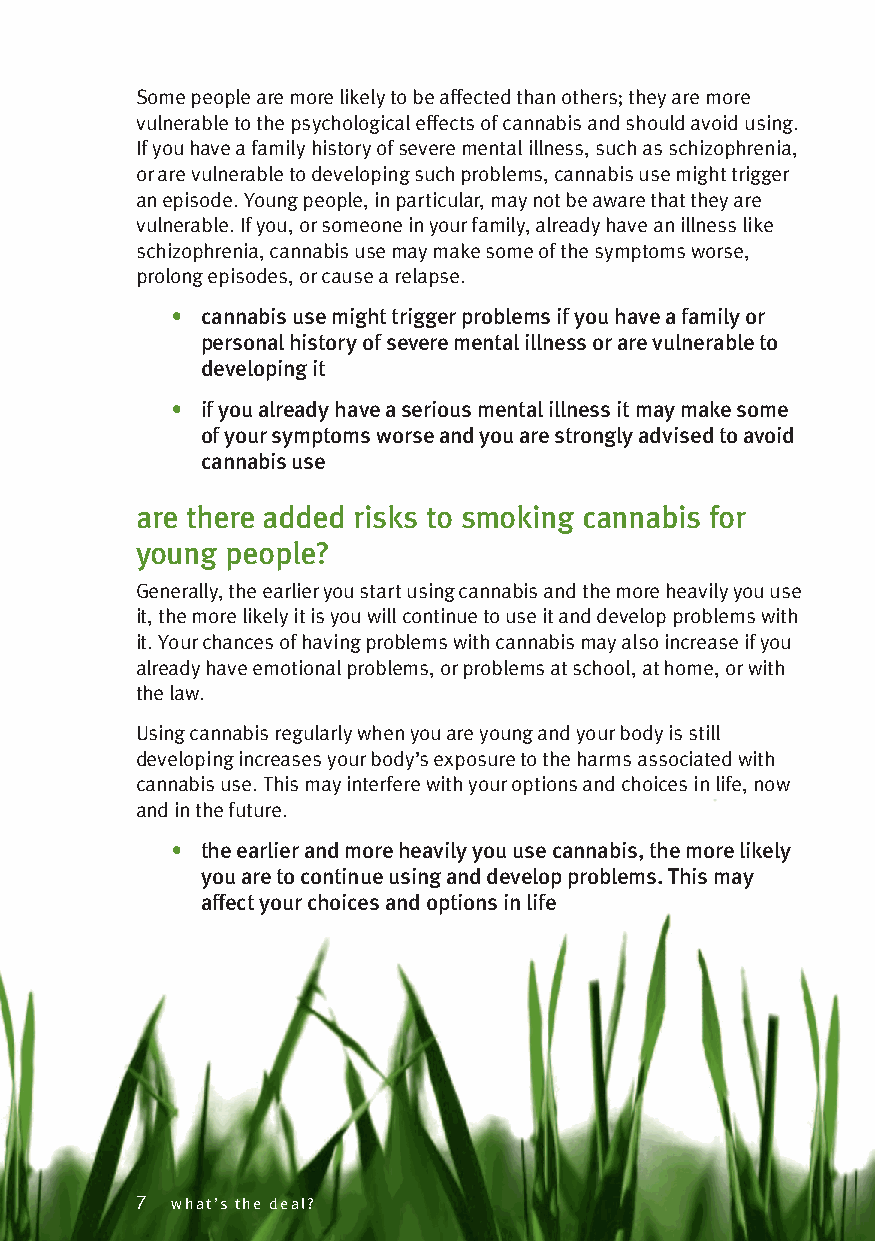
Some people are more likely to be affected than others; they are more
 vulnerable to the psychological effects of cannabis and should avoid using.
 If you have a family history of severe mental illness, such as schizophrenia,
 or are vulnerable to developing such problems, cannabis use might trigger
 an episode. Young people, in particular, may not be aware that they are
 vulnerable. If you, or someone in your family, already have an illness like
 schizophrenia, cannabis use may make some of the symptoms worse,
 prolong episodes, or cause a relapse.
 • cannabis use might trigger problems if you have a family or
 personal history of severe mental illness or are vulnerable to
 developing it
 • if you already have a serious mental illness it may make some
 of your symptoms worse and you are strongly advised to avoid
 cannabis use
 are there added risks to smoking cannabis for
 young people?
 Generally, the earlier you start using cannabis and the more heavily you use
 it, the more likely it is you will continue to use it and develop problems with
 it. Your chances of having problems with cannabis may also increase if you
 already have emotional problems, or problems at school, at home, or with
 the law.
 Using cannabis regularly when you are young and your body is still
 developing increases your body’s exposure to the harms associated with
 cannabis use. This may interfere with your options and choices in life, now
 and in the future.
 • the earlier and more heavily you use cannabis, the more likely
 you are to continue using and develop problems. This may
 affect your choices and options in life
 7 what’s the deal?